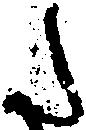
た